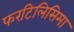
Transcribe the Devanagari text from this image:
फरटिलिसिमा